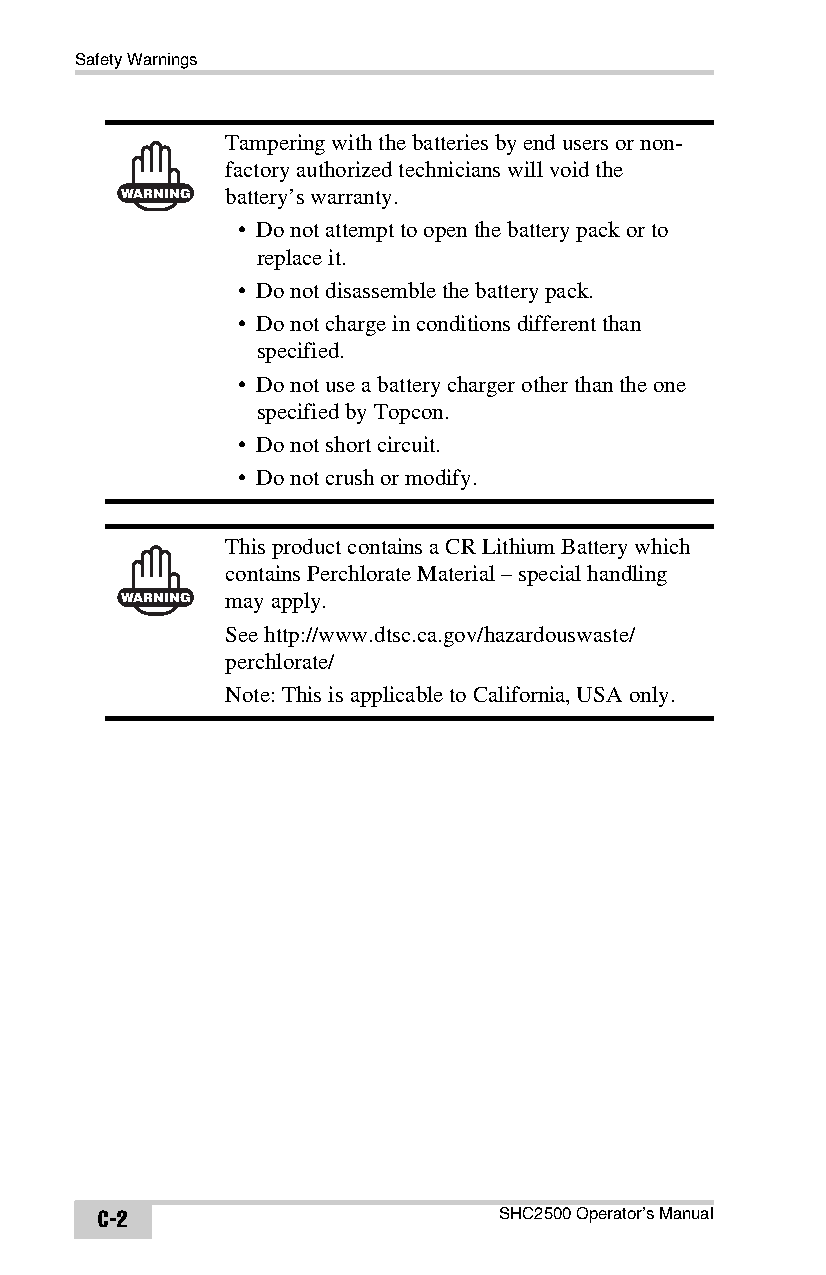
Safety Warnings
 Tampering with the batteries by end users or non-
 factory authorized technicians will void the
 WARNING battery’s warranty.
 • Do not attempt to open the battery pack or to
 replace it.
 • Do not disassemble the battery pack.
 • Do not charge in conditions different than
 specified.
 • Do not use a battery charger other than the one
 specified by Topcon.
 • Do not short circuit.
 • Do not crush or modify.
 This product contains a CR Lithium Battery which
 contains Perchlorate Material – special handling
 WARNING may apply.
 See http://www.dtsc.ca.gov/hazardouswaste/
 perchlorate/
 Note: This is applicable to California, USA only.
 C-2                        SHC2500 Operator’s Manual